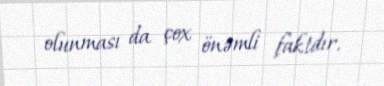
olunması da çox önəmli faktdır.